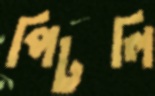
পিটলি